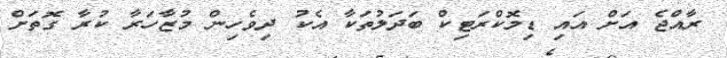
ރާއްޖެ އަށް އައި ޑިމޮކްރަޓިކް ބަދަލުތަކާ އެކު ދިވެހިން މުޒާހަރާ ކުރާ ގޮތަށް